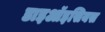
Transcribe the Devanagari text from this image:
डाइऑइसियस